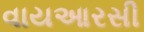
વાયઆરસી